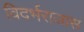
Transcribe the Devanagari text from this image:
विदर्भराजास